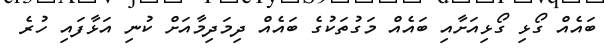
ބައެއް ގޯޅި ގޯޅިއަށާއި ބައެއް މަގުތަކުގެ ބައެއް ދިމަދިމާއަށް ކުނި އަޅާފައި ހުރެ